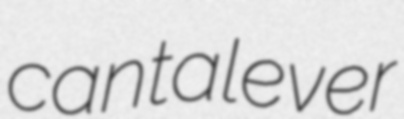
cantalever